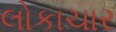
લોકાચાર